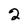
Character: 2